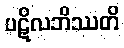
ပဋိလဘိဿတိ